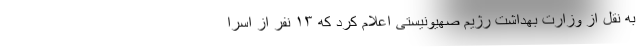
به نقل از وزارت بهداشت رژیم صهیونیستی اعلام کرد که ۱۳ نفر از اسرا